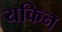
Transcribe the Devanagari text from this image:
यकिन